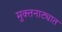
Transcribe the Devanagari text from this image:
मुक्तनाट्यात